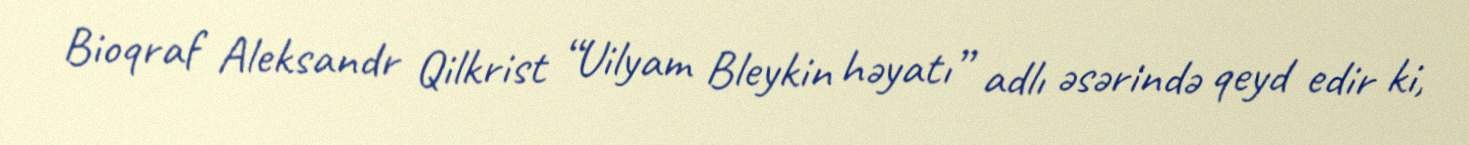
Bioqraf Aleksandr Qilkrist “Uilyam Bleykin həyatı” adlı əsərində qeyd edir ki,